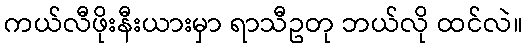
ကယ်လီဖိုးနီးယားမှာ ရာသီဥတု ဘယ်လို ထင်လဲ။